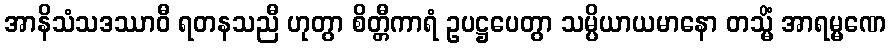
အာနိသံသဒဿာဝီ ရတနသညီ ဟုတွာ စိတ္တီကာရံ ဥပဋ္ဌပေတွာ သမ္ပိယာယမာနော တသ္မိံ အာရမ္မဏေ